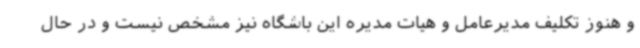
و هنوز تکلیف مدیرعامل و هیات مدیره این باشگاه نیز مشخص نیست و در حال